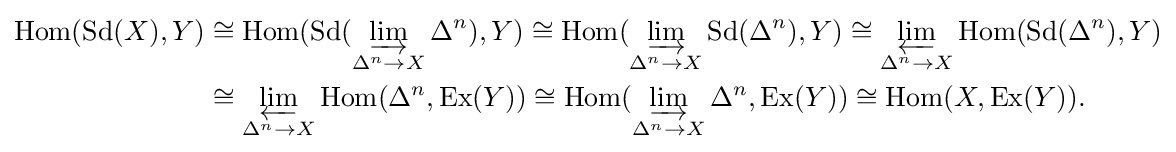
{\begin{aligned}\operatorname {Hom} (\operatorname {Sd} (X),Y)&\cong \operatorname {Hom} (\operatorname {Sd} (\varinjlim _{\Delta ^{n}\rightarrow X}\Delta ^{n}),Y)\cong \operatorname {Hom} (\varinjlim _{\Delta ^{n}\rightarrow X}\operatorname {Sd} (\Delta ^{n}),Y)\cong \varprojlim _{\Delta ^{n}\rightarrow X}\operatorname {Hom} (\operatorname {Sd} (\Delta ^{n}),Y)\\&\cong \varprojlim _{\Delta ^{n}\rightarrow X}\operatorname {Hom} (\Delta ^{n},\operatorname {Ex} (Y))\cong \operatorname {Hom} (\varinjlim _{\Delta ^{n}\rightarrow X}\Delta ^{n},\operatorname {Ex} (Y))\cong \operatorname {Hom} (X,\operatorname {Ex} (Y)).\end{aligned}}